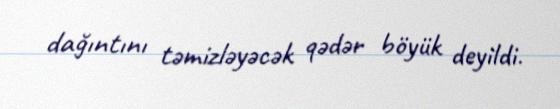
dağıntını təmizləyəcək qədər böyük deyildi.